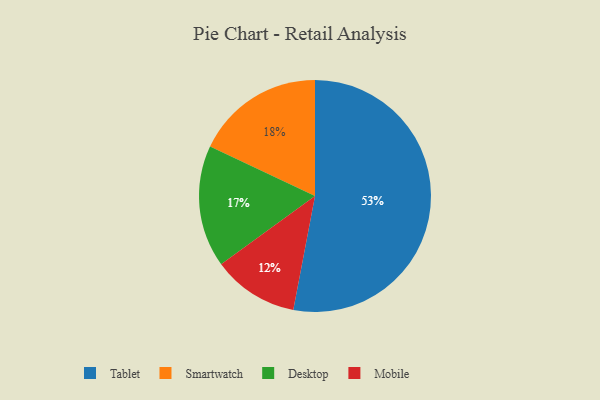
{"axis": {"x": "Category", "y": "Percentage"}, "legend": ["Desktop", "Mobile", "Smartwatch", "Tablet"], "data": [{"x": "Mobile", "y": 12, "type": "Mobile"}, {"x": "Smartwatch", "y": 18, "type": "Smartwatch"}, {"x": "Desktop", "y": 17, "type": "Desktop"}, {"x": "Tablet", "y": 53, "type": "Tablet"}]}